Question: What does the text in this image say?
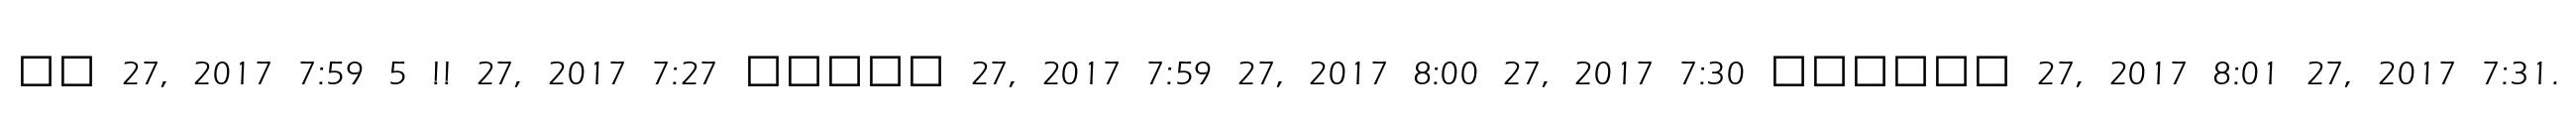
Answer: ?? 27, 2017 7:59 5 !! 27, 2017 7:27 ????? 27, 2017 7:59 27, 2017 8:00 27, 2017 7:30 ?????? 27, 2017 8:01 27, 2017 7:31.